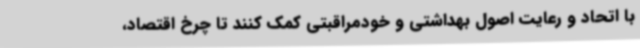
با اتحاد و رعایت اصول بهداشتی و خودمراقبتی کمک کنند تا چرخ اقتصاد،